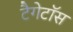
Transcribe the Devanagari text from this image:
टैगेटॉस